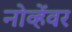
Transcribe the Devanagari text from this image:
नोव्हेंवर